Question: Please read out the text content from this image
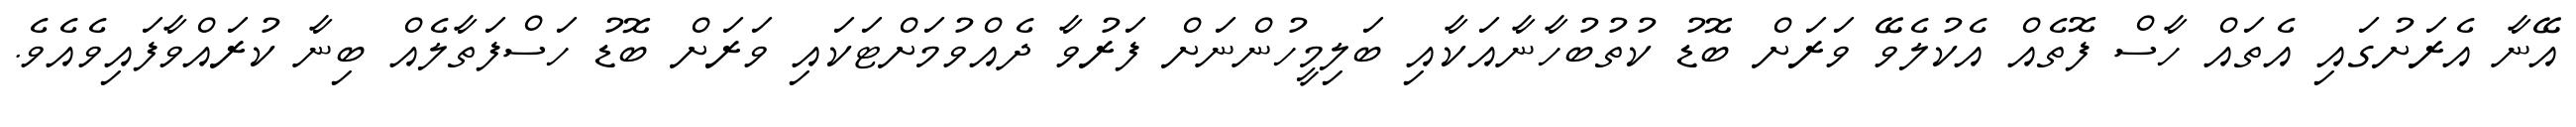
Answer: އޭނާ އެރަށުގައި އެތައް ހާސް ފޮތެއް އެކުލެވޭ ވަރަށް ބޮޑު ކުތުބުހާނާއަކާއި ބަލިމީހުންނަށް ފަރުވާ ދެއްވުމަށްޓަކައި ވަރަށް ބޮޑު ހަސްފަތާލެއް ބިނާ ކުރައްވާފައިވެއެވެ.